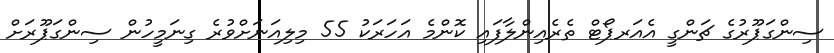
ސިންގަޕޫރުގެ ޗަންގީ އެއަރޕޯޓް ތެރެއިންލާފައި ކޮންމެ އަހަރަކު 55 މިލިއަނަށްވުރެ ގިނަމީހުން ސިންގަޕޫރަށް